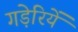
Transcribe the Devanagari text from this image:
गड़ेरियें